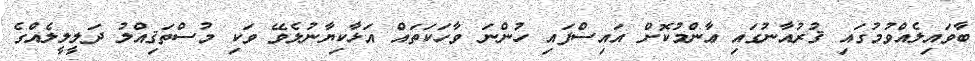
ބާވައިލެއްވުމުގައި ޤުރުއާނުގައި ޢާންމުކޮށް އައިސްފައި ހުންނަ ވާހަކަތައް އަޅާކިޔާނުލެވޭ ވަކި މުސްތަޤިއްލު ދަލީލީލެއްގެ